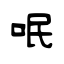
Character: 呡